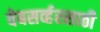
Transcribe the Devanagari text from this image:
वेबसर्व्हरसाठी